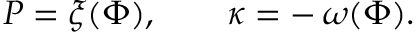
P = \xi ( \Phi ) , \qquad \kappa = - \, \omega ( \Phi ) .